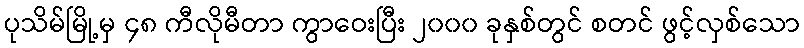
ပုသိမ်မြို့မှ ၄၈ ကီလိုမီတာ ကွာဝေးပြီး ၂၀၀၀ ခုနှစ်တွင် စတင် ဖွင့်လှစ်သော